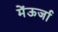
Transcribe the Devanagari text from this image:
मेंऊर्जा